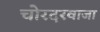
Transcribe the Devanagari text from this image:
चोरदरवाजा